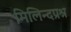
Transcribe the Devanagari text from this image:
मिलिन्दप्रश्न